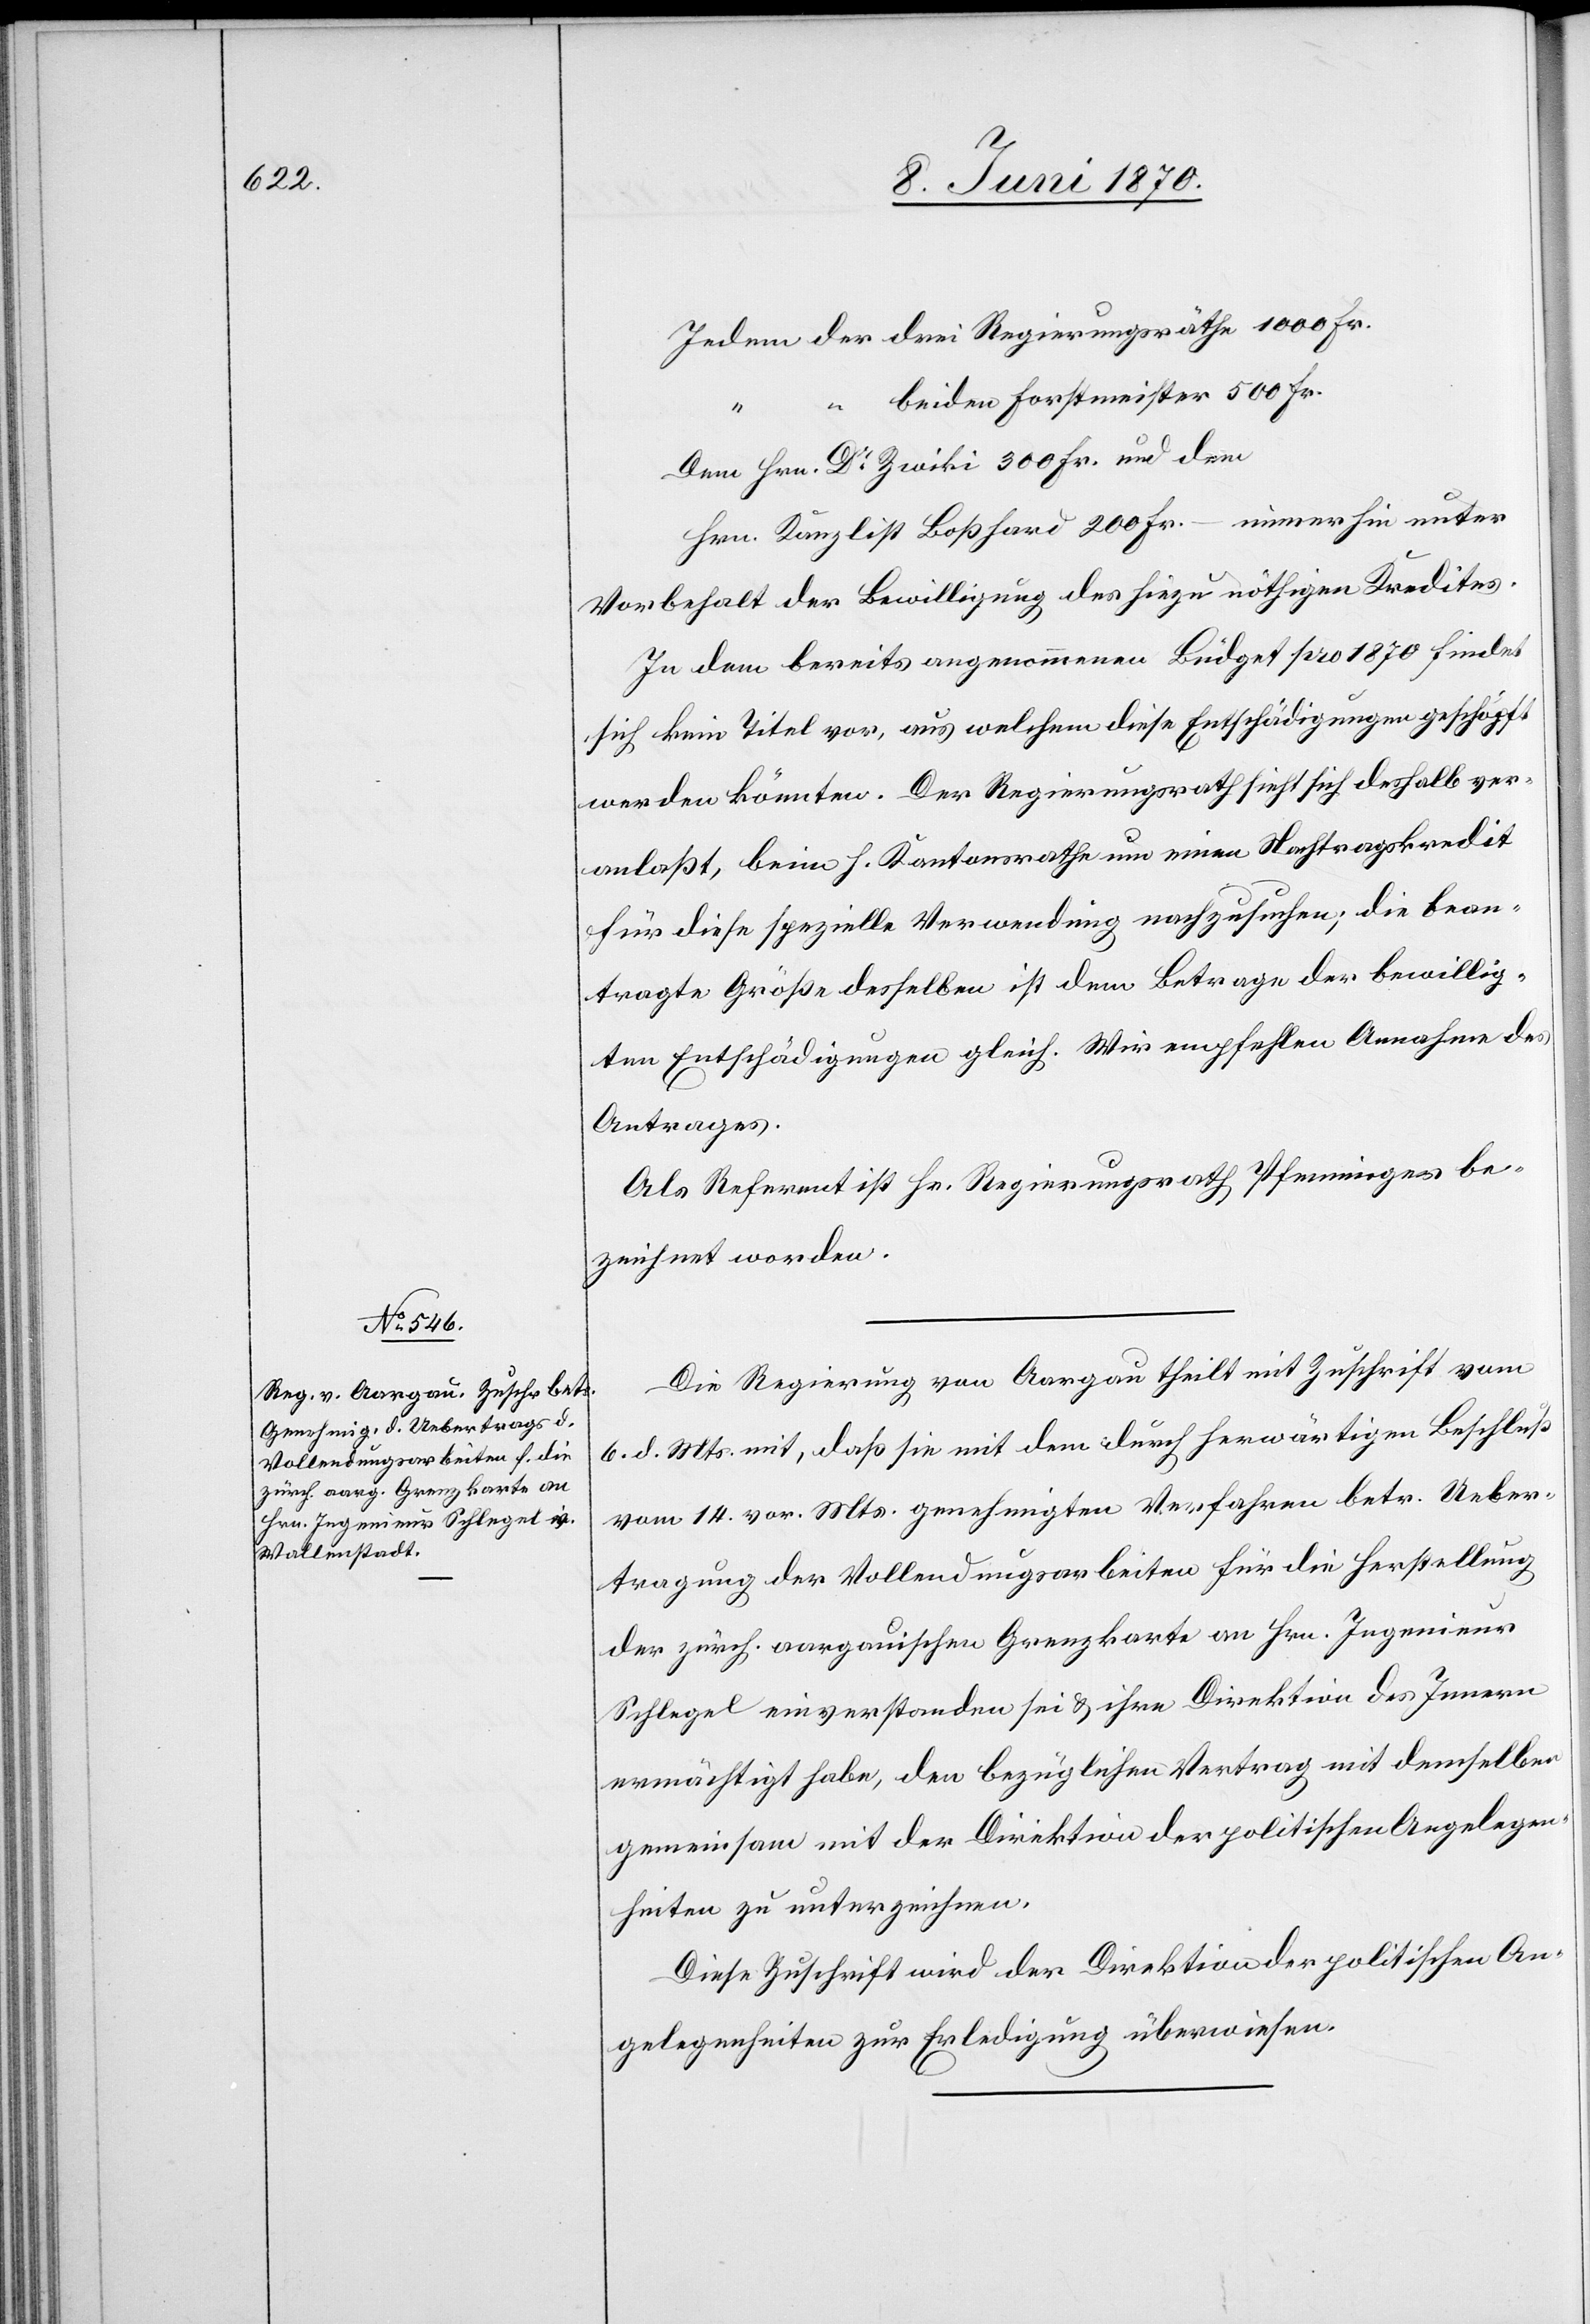
Jedem der drei Regierungsräthe 1000 Fr.
“ beiden Forstmeister 500 Fr.
Dem Hrn. Dr Zwicky 300 Fr. und dem
Hrn. Kanzlist Boßhard 200 Fr. – immerhin unter
Vorbehalt der Bewilligung des hiezu nöthigen Kredites.
In dem bereits angenommenen Büdget pro 1870 findet
sich kein Titel vor, aus welchem diese Entschädigungen geschöpft
werden könnten. Der Regierungsrath sieht sich deshalb ver¬
anlaßt, beim h. Kantonsrathe um einen Nachtragskredit
für diese spezielle Verwendung nachzusuchen; die bean¬
tragte Größe desselben ist dem Betrage der bewillig¬
ten Entschädigungen gleicht. Wir empfehlen Annahme des
Antrages.
Als Referent ist Hr. Regierungsrath Pfenninger be¬
zeichnet worden.
Die Regierung von Aargau theilt mit Zuschrift vom
6. d. Mts. mit, daß sie mit dem durch herwärtigen Beschluß
vom 14. vor. Mts. genehmigten Verfahren betr. Ueber¬
tragung der Vollendungsarbeiten für die Herstellung
der zürch. aargauischen Grenzkarte an Hrn. Ingenieur
Schlegel einverstanden sei & ihre Direktion des Innern
ermächtigt habe, den bezüglichen Vertrag mit demselben
gemeinsam mit der Direktion der politischen Angelegen¬
heiten zu unterzeichnen.
Diese Zuschrift wird der Direktion der politischen An¬
gelegenheiten zur Erledigung überwiesen.